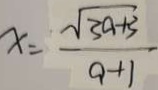
x = \frac { \sqrt { 3 a + 3 } } { a + 1 }